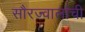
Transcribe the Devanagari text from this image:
सौरज्वालांची